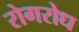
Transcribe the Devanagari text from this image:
रोगरोध